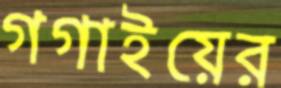
গগাইয়ের